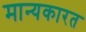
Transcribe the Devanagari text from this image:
मान्यकारत